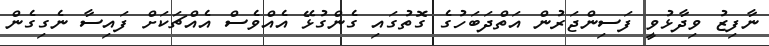
ނާފިޒު ވިދާޅުވީ ފަސިންޖަރުން އަތްދަބަހުގެ ގޮތުގައި ގެންގުޅޭ އެއްވެސް އެއްޗަކަށް ފައިސާ ނެގިގެން